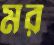
মর